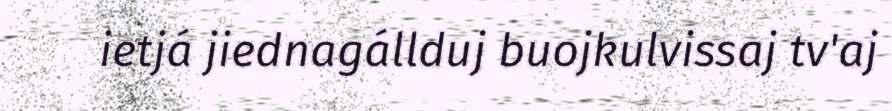
ietjá jiednagállduj buojkulvissaj tv'aj